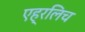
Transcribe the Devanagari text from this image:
एह्रलिच